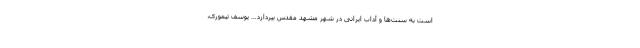
است به سنت‌ها و آداب ایرانی در شهر مشهد مقدس بپردازد… یوسف تیموری،